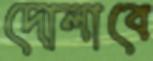
দোলাবে